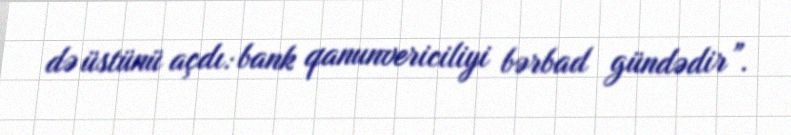
də üstünü açdı: bank qanunvericiliyi bərbad gündədir”.